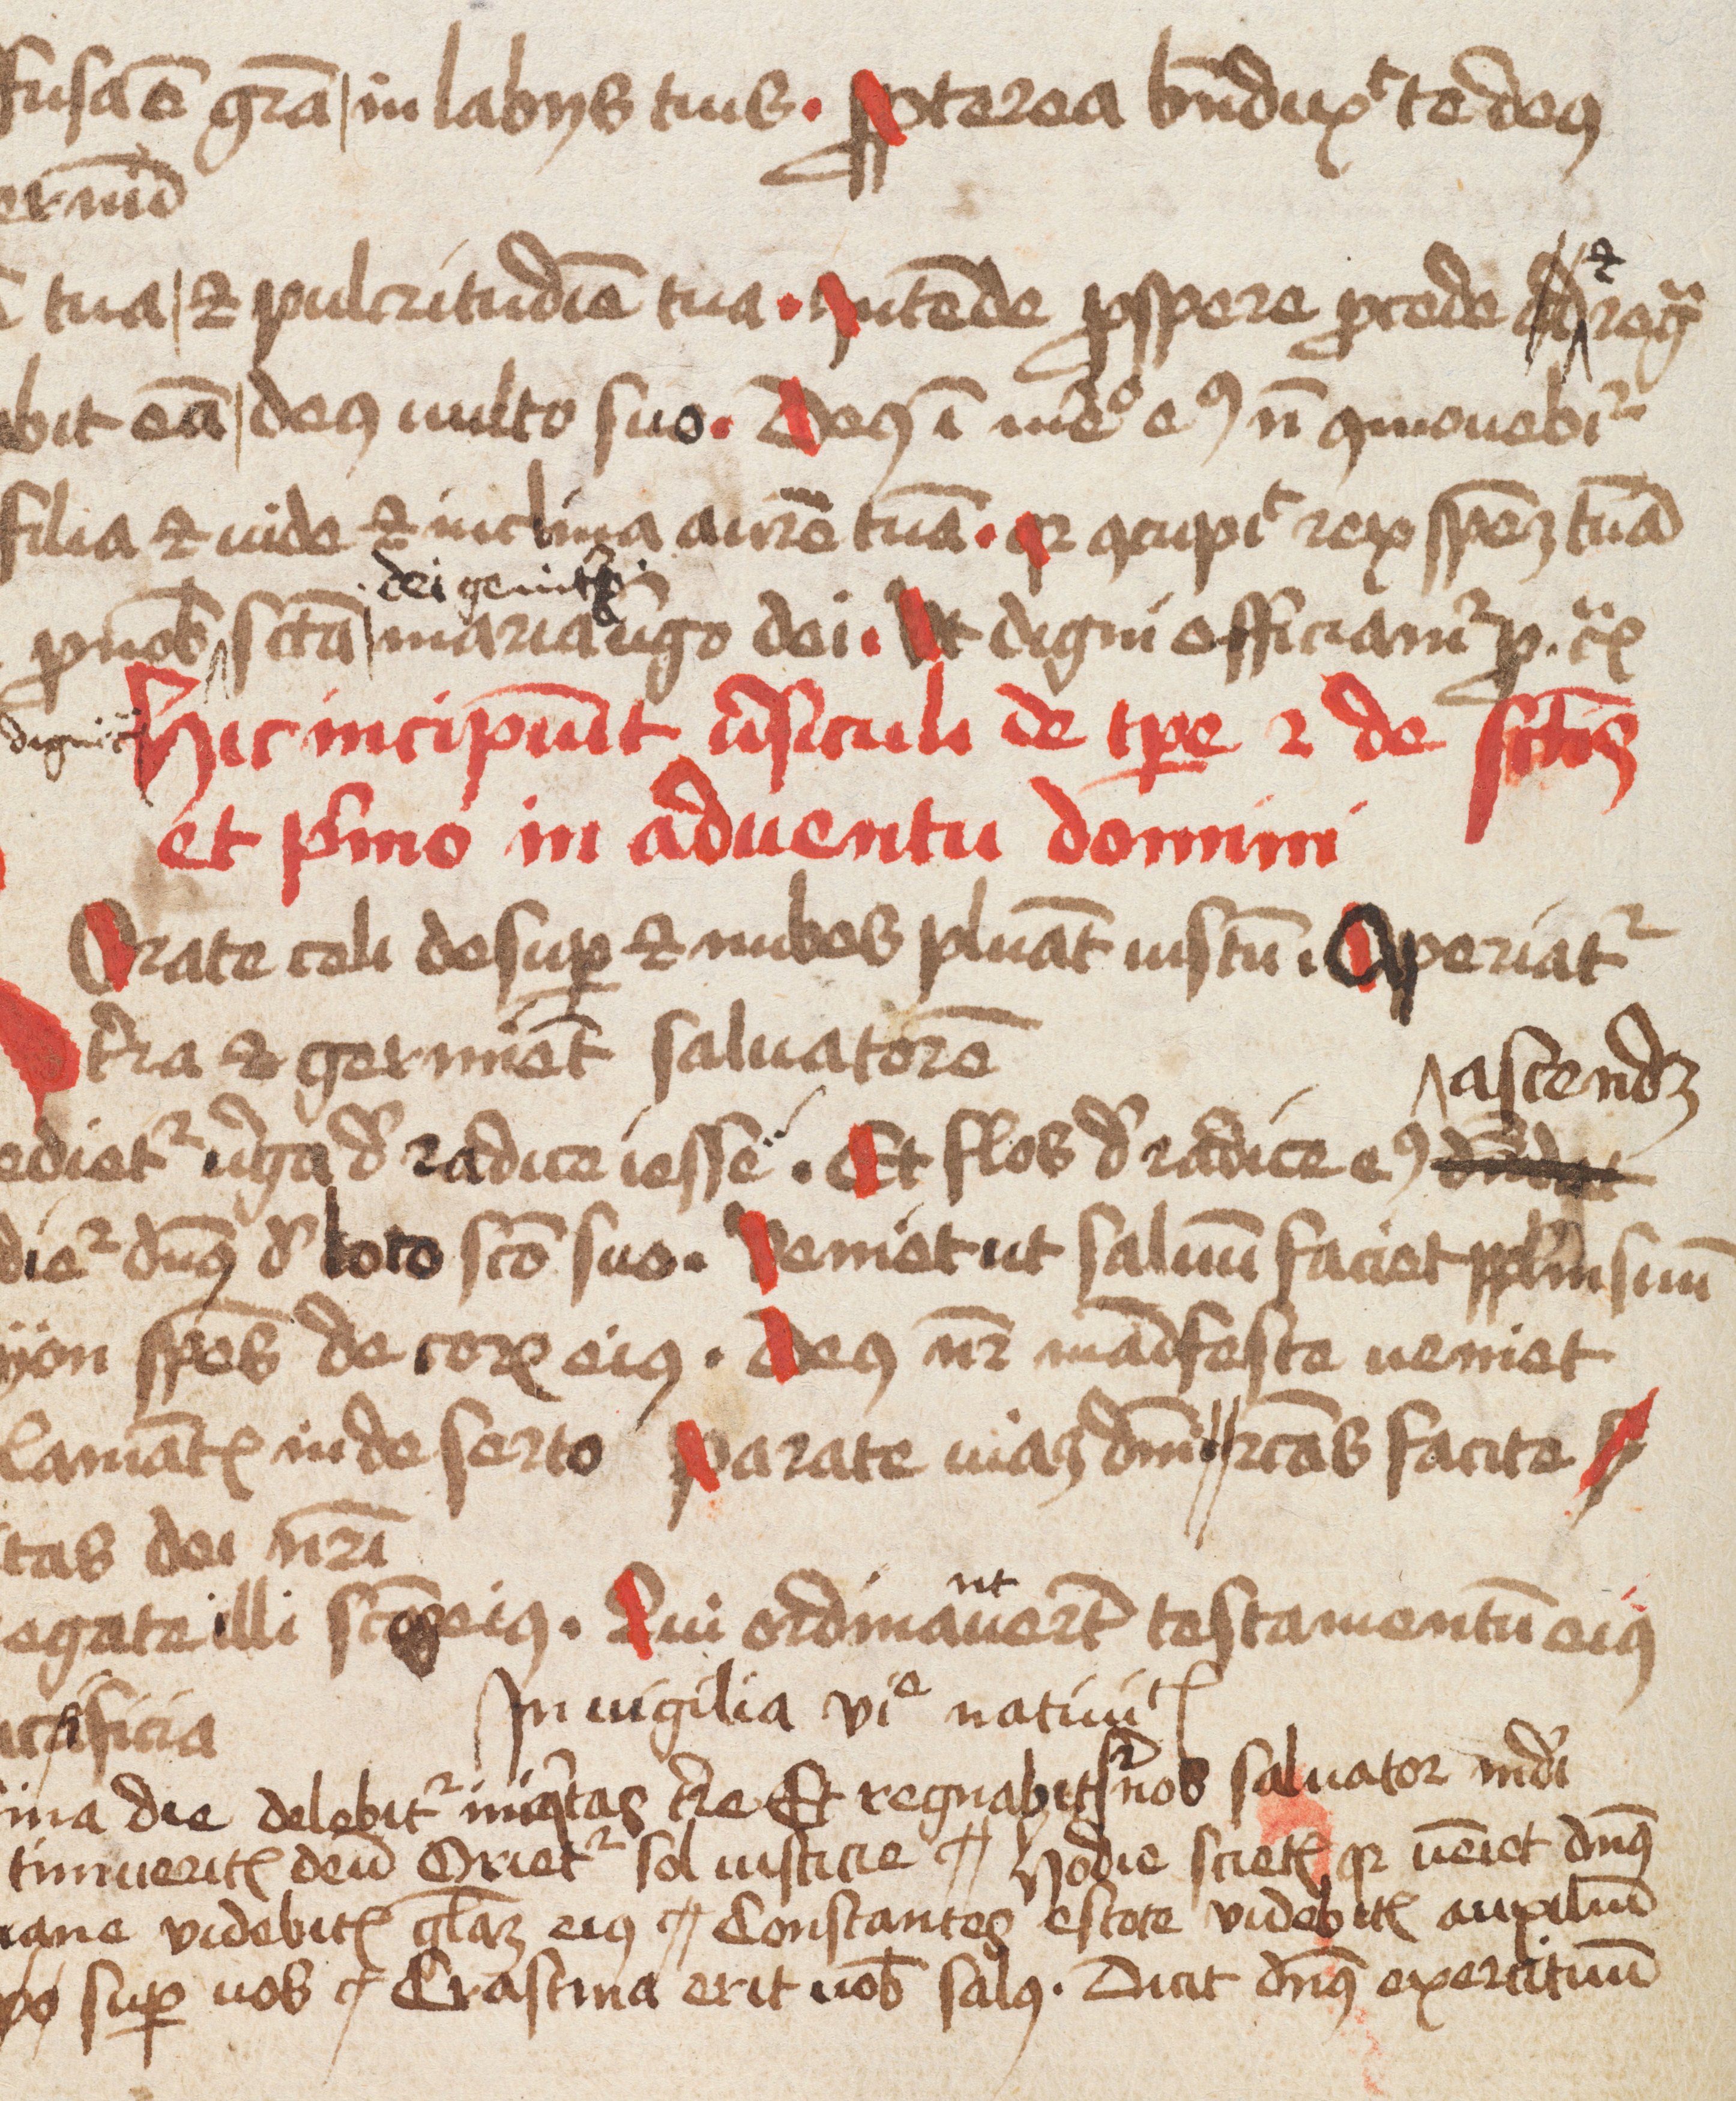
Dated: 1475–1499